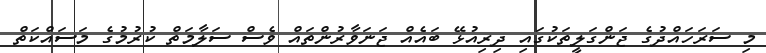
މި ސަރަހައްދުގެ ޖަންގަލީތަކުގައި ދިރިއުޅޭ ބައެއް ޖަނަވާރުންތައް ވެސް ސަލާމަތް ކުރުމުގެ މަސައްކަތް